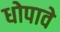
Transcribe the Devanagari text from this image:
धोपावे